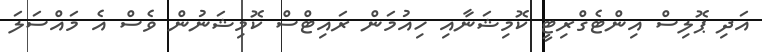
އަދި ޕޮލިސް އިންޓެގްރިޓީ ކޮމިޝަނާއި ހިއުމަން ރައިޓްސް ކޮމިޝަނުން ވެސް އެ މައްސަލަ